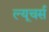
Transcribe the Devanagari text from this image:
ल्यूचर्स